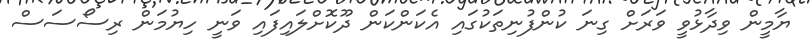
ޔާމީން ވިދާޅުވީ ވަރަށް ގިނަ ކުންފުނިތަކުގައި އެކަންކަން ދޫކޮށްލައިފައި ވަނީ ހިޔުމަން ރިސޯސަސް